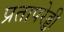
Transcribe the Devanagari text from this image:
प्रतापरेड्डी